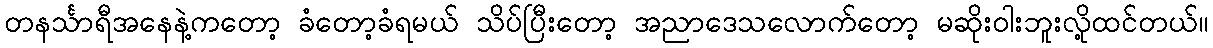
တနင်္သာရီအနေနဲ့ကတော့ ခံတော့ခံရမယ် သိပ်ပြီးတော့ အညာဒေသလောက်တော့ မဆိုးဝါးဘူးလို့ထင်တယ်။